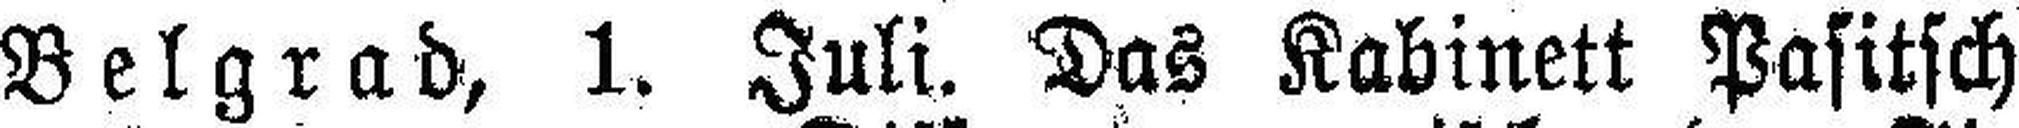
Belgrad, 1. Juli. Das Kabinett Pasitsch